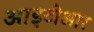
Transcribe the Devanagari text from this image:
आइटीआर